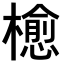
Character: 𣜴